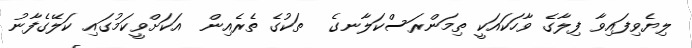
ލިޔެވިފައިވާ ފިލާގެ ވާހަކައަކީ ތިމަންރަސްކަލާނގެ  ތަކުގެ ތެރެއިން  އަކަށްވީކަމުގައި ކަލޭގެފާނު